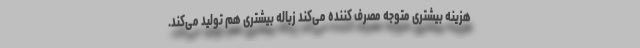
هزینه بیشتری متوجه مصرف کننده می‌کند زباله بیشتری هم تولید می‌کند.